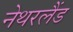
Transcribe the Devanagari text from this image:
नेथरलैंड